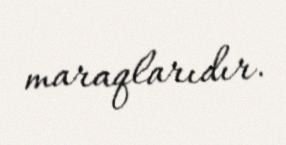
maraqlarıdır.